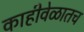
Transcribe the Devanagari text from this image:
काहीवेळातच